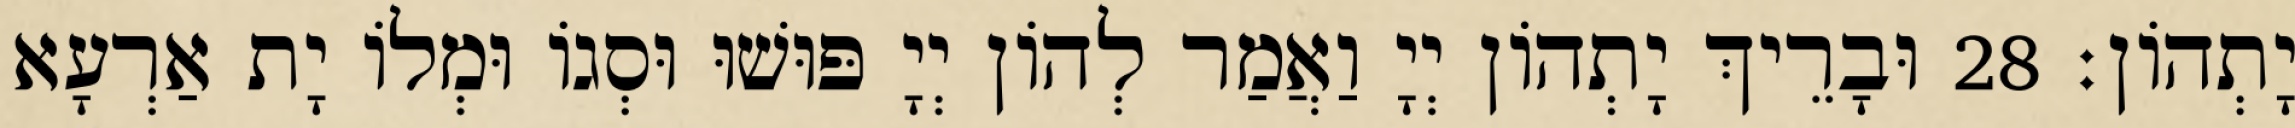
יָתְהוֹן׃ 28 וּבָרֵיךְ יָתְהוֹן יְיָ וַאֲמַר לְהוֹן יְיָ פּוּשׁוּ וּסְגוֹ וּמְלוֹ יָת אַרְעָא